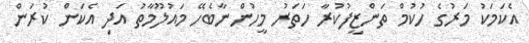
އެކަމަކު މަރުގެ ހުކުމް ތަންޒީފުކުރާ ހަތަރު މީހުންނާބެހޭ މައުލޫމާތު އަދި އެކަން ކުރަން